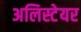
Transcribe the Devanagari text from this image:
अलिस्टेयर